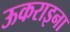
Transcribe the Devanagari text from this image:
ऊकराइना